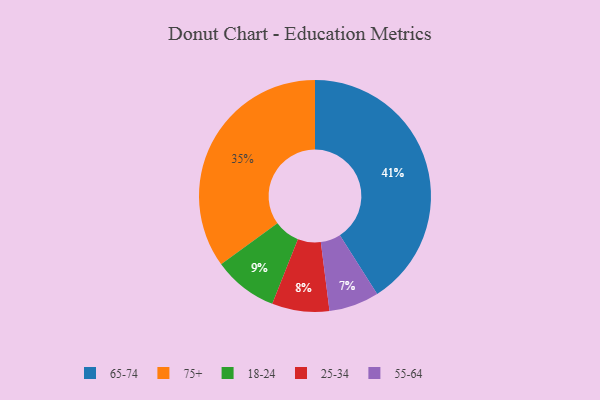
{"axis": {"x": "Category", "y": "Percentage"}, "legend": ["18-24", "25-34", "55-64", "65-74", "75+"], "data": [{"x": "75+", "y": 35, "type": "75+"}, {"x": "55-64", "y": 7, "type": "55-64"}, {"x": "25-34", "y": 8, "type": "25-34"}, {"x": "18-24", "y": 9, "type": "18-24"}, {"x": "65-74", "y": 41, "type": "65-74"}]}